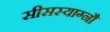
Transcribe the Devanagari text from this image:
सीसस्याग्नौ